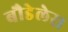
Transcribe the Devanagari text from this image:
बौडेलेर।